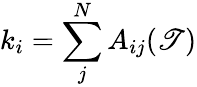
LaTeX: k_{i}=\sum_{j}^{N}A_{ij}(\mathscr{T})